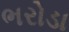
ભરોડા